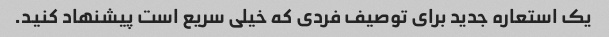
یک استعاره جدید برای توصیف فردی که خیلی سریع است پیشنهاد کنید.